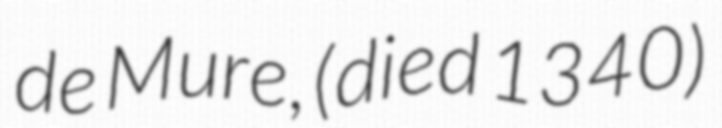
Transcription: de Mure, (died 1340)